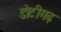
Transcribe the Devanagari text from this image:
डोटीगढ़